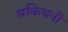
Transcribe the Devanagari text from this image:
सकिथनी